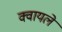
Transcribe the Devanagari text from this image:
क्वायलें